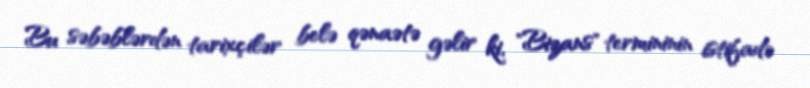
Bu səbəblərdən tarixçilər belə qənaətə gəlir ki, "Bizans" termininin istifadə